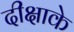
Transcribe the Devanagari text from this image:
दीक्षाके